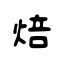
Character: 焙